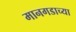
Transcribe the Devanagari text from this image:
मानगडाच्या